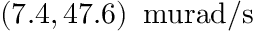
( 7 . 4 , 4 7 . 6 ) \, \mathrm { \ m u r a d / s }